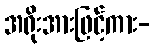
အရိုးအားဖြင့်ကား-